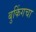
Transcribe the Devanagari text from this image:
बुकिंगचा